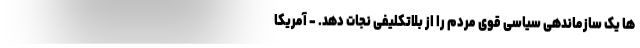
ها یک سازماندهی سیاسی قوی مردم را از بلاتکلیفی نجات دهد. - آمریکا